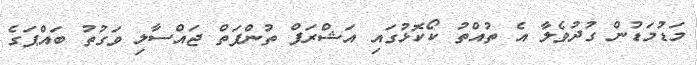
މަޑުމަޑުން ގުދުވެލާ އެ ތުއްތު ކޯކޮޅުގައި އަޝްރަފް ތުންފަތް ޖައްސާލި ވަގުތު ބައްޕަގެ